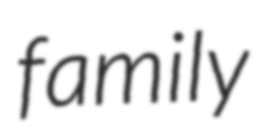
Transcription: family